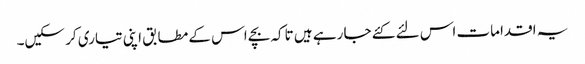
یہ اقدامات اس لئے کئے جا رہے ہیں تاکہ بچے اس کے مطابق اپنی تیاری کر سکیں۔